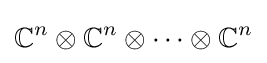
\mathbb {C} ^{n}\otimes \mathbb {C} ^{n}\otimes \cdots \otimes \mathbb {C} ^{n}